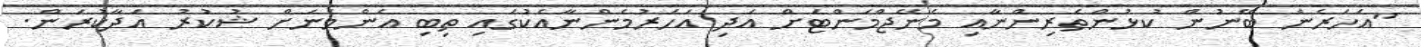
"އަހަރެން ބޭނުން ކުޅުންތެރިންނާއި މެނޭޖްމަންޓަށް އަދި އަހަރުމެންނާއެކުގައި ތިބި އެންމެނަށް ޝުކުރު އަދާކުރަން.